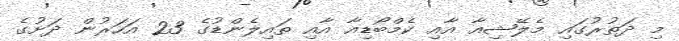
މި ދަތުރުގައި މެލޭޝިއާ އާއި ކެމްބޯޑިއާ އާއި ތައިލެންޑުގެ 23 އަހަރުން ދަށުގެ